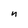
Character: n